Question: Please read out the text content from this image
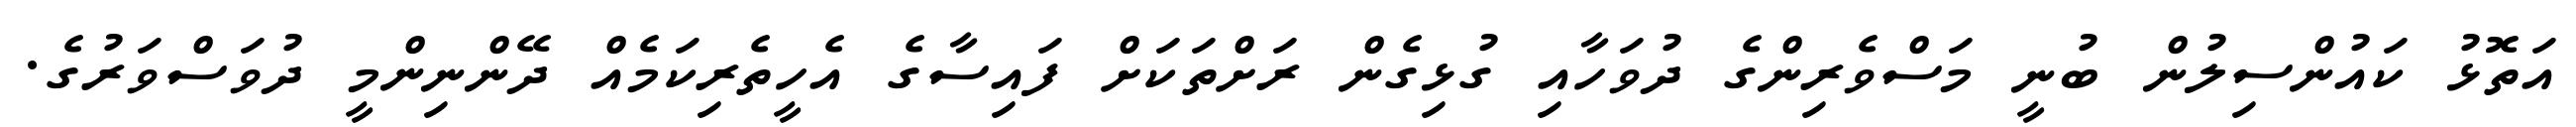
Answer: އަތޮޅު ކައުންސިލުން ބުނީ މަސްވެރިންގެ ދުވަހާއި ގުޅިގެން ރަށްތަކަށް ފައިސާގެ އެހީތެރިކަމެއް ދޭންނިންމީ ދުވަސްވަރުގެ.